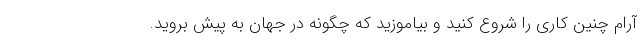
آرام چنین کاری را شروع کنید و بیاموزید که چگونه در جهان به پیش بروید.